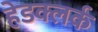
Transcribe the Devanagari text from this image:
हेडक्लर्क